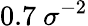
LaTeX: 0.7~\sigma^{-2}